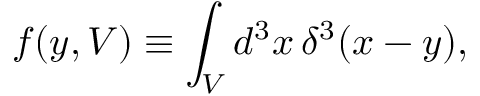
f ( y , V ) \equiv \int _ { V } d ^ { 3 } x \, \delta ^ { 3 } ( x - y ) ,